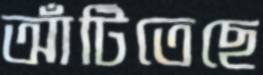
আঁটিতেছে